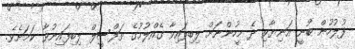
ފުލުހުން ބުނީ އަނިޔާވި ދެ މީހުންނަށް ލިބިފައިވާ ގެއްލުމުގެ ތަފްސީލް ލިބިފައިނުވާ ކަމަށެވެ.